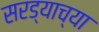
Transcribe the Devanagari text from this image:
सरड्याच्या